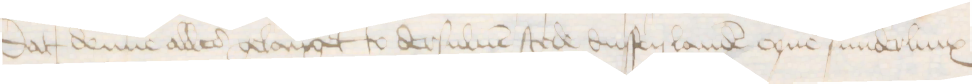
Dat denne alles gelanget to dersuluen stede dussen landen eyne sunderlinx